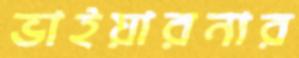
ভাইয়ারনার